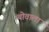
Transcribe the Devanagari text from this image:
थोवाला